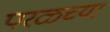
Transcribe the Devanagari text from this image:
परळच्या